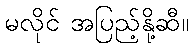
မလိုင် အပြည့်နို့ဆီ။